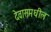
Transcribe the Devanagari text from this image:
देवासमधील